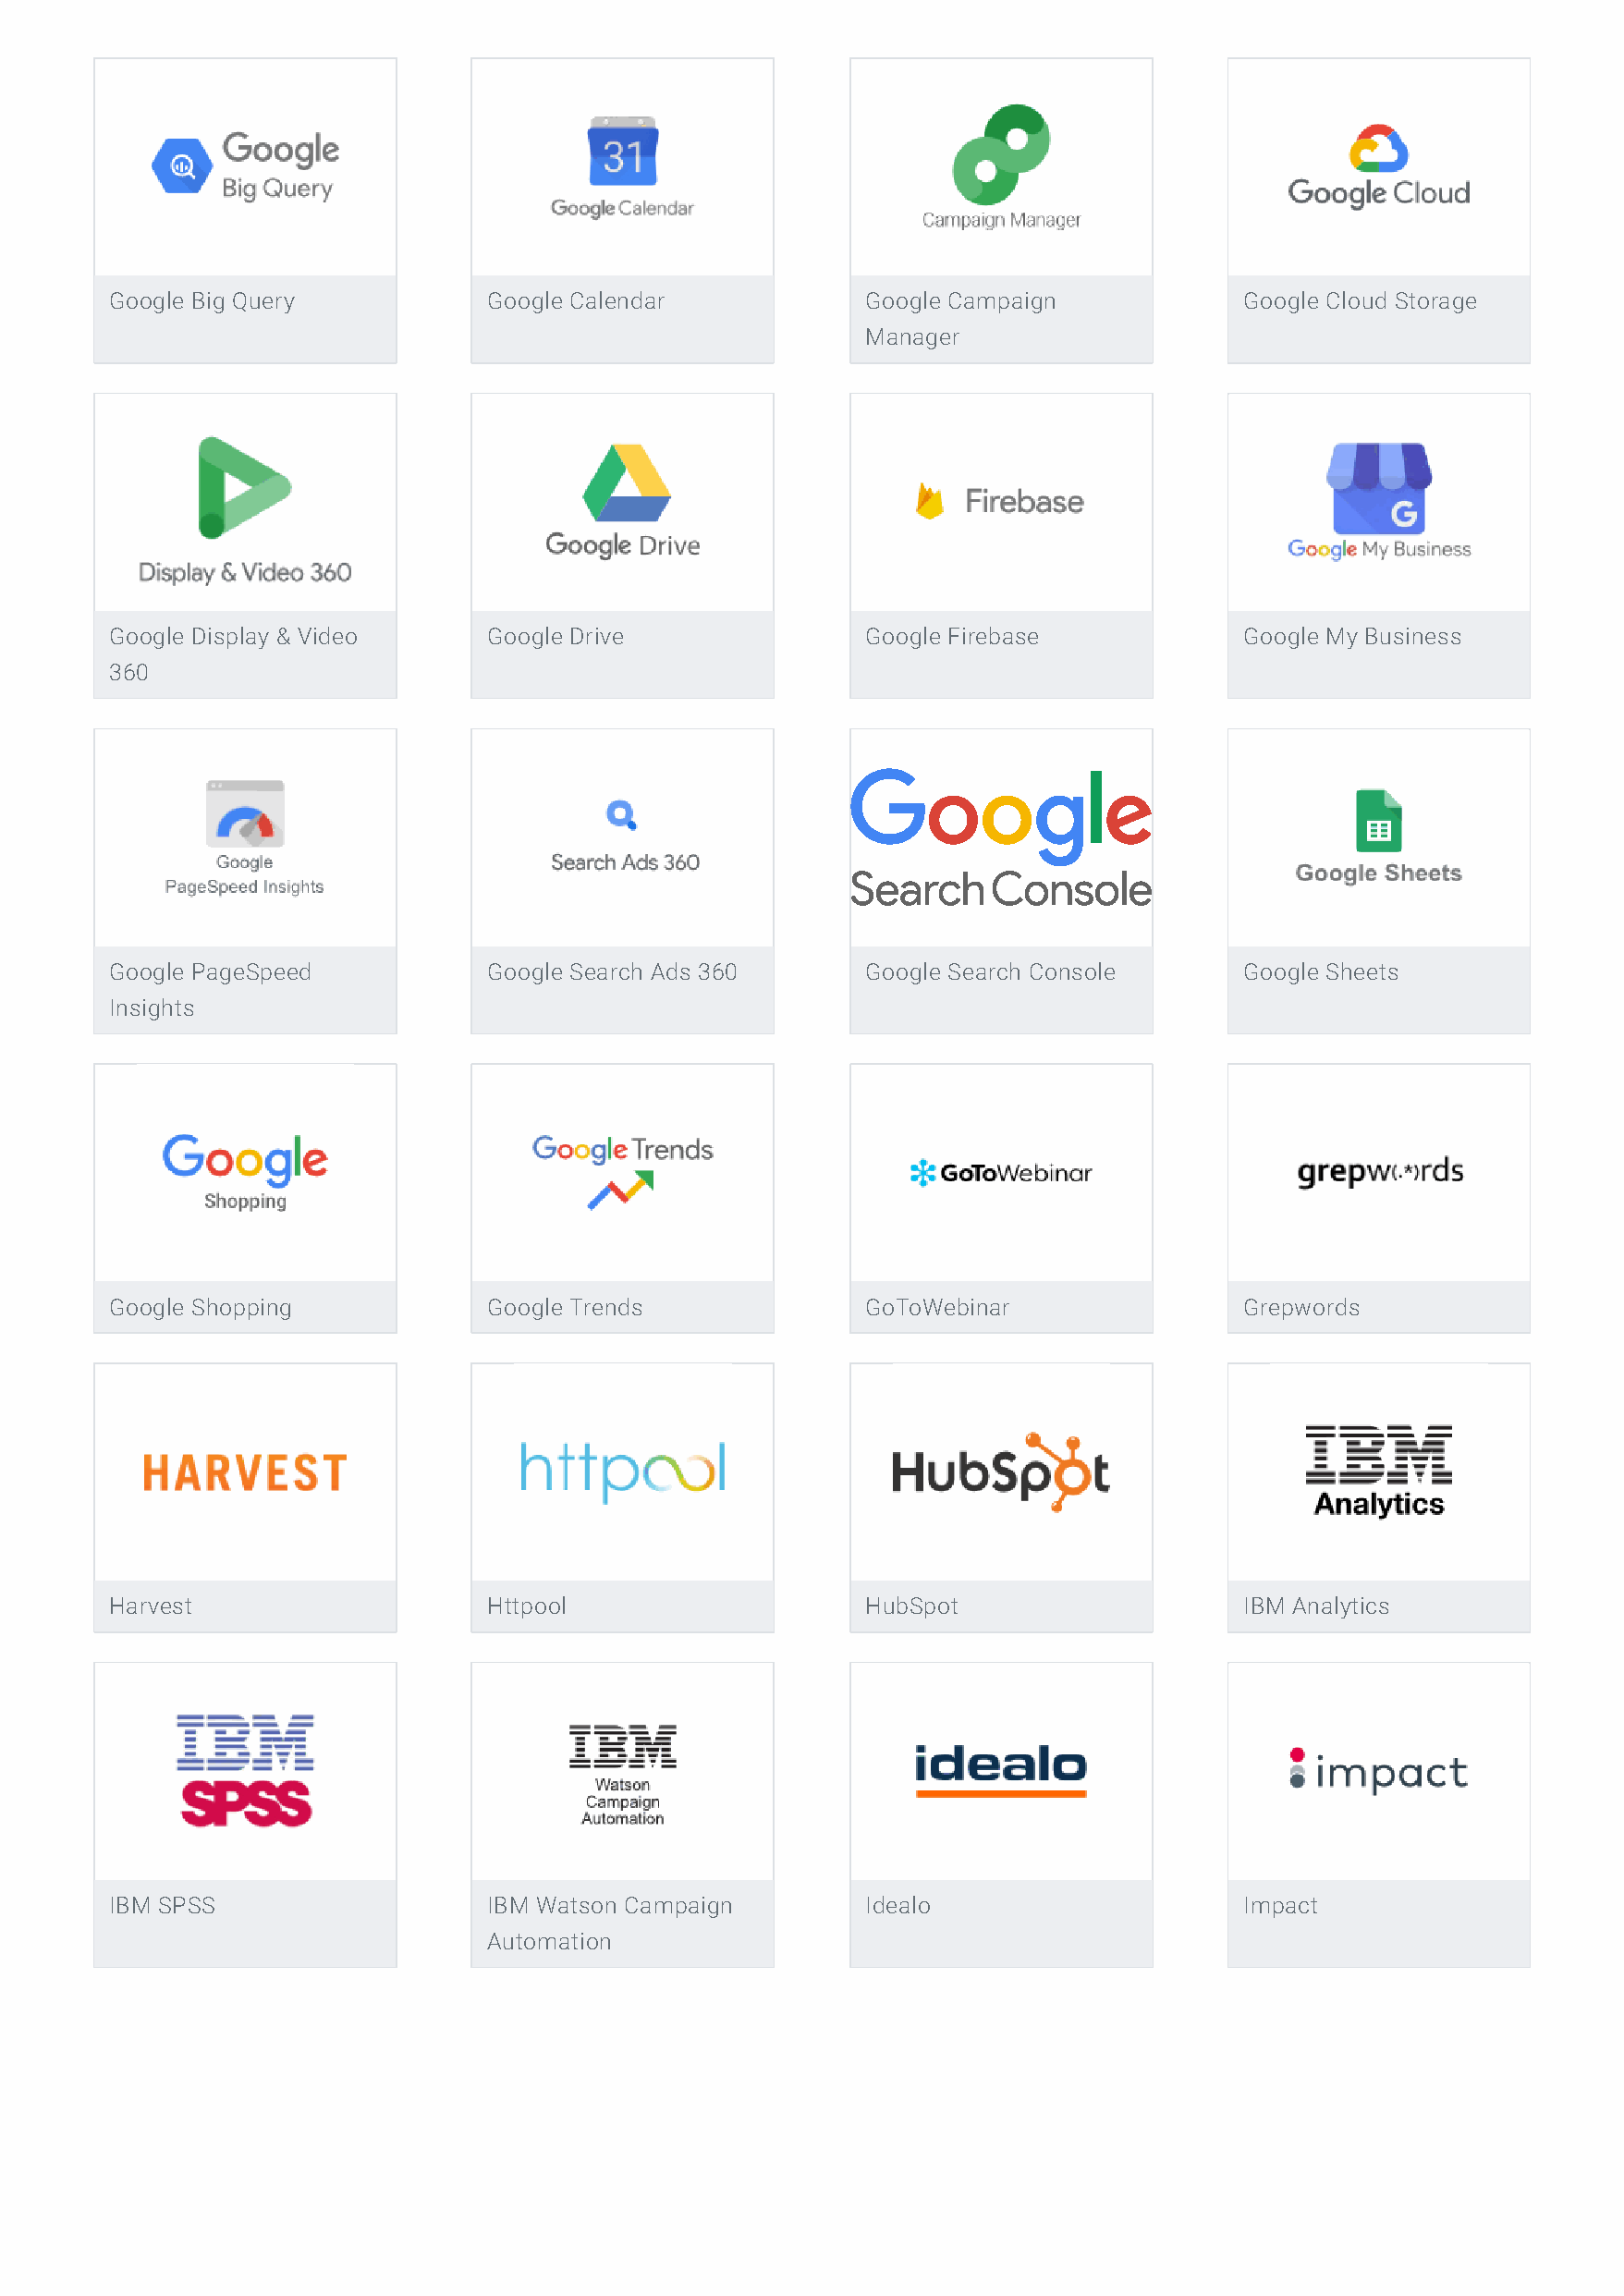
Google Big Query           Google Calendar            Google Campaign            Google Cloud Storage
 Manager
 Google Display & Video     Google Drive               Google Firebase            Google My Business
 360
 Google PageSpeed           Google Search Ads 360      Google Search Console      Google Sheets
 Insights
 Google Shopping            Google Trends              GoToWebinar                Grepwords
 Harvest                    Httpool                    HubSpot                    IBM Analytics
 IBM SPSS                   IBM Watson Campaign        Idealo                     Impact
 Automation